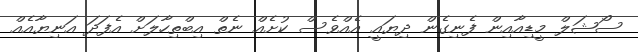
ސޯޝަލް މީޑިއާއިން ފެނިގެން ދިޔައީ އެއްވެސް ކުށެއް ނެތް އިބްތިހާލަށް އެފަދަ އަނިޔާއެއް